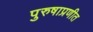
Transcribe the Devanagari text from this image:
पुरुषाप्रणीत